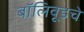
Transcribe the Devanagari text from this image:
बॉलिवूडचे